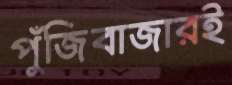
পুঁজিবাজারই